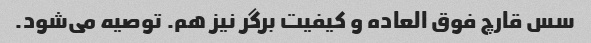
سس قارچ فوق العاده و کیفیت برگر نیز هم. توصیه می‌شود.